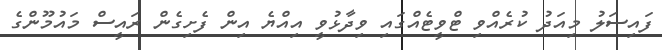
ފައިސަލު މިއަދު ކުރެއްވި ޓްވީޓެއްގައި ވިދާޅުވީ އިއްޔެ އިން ފެށިގެން ރައީސް މައުމޫންގެ